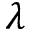
\lambda